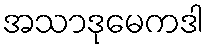
အသာဒုမေကဒါ